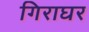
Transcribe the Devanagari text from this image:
गिराघर